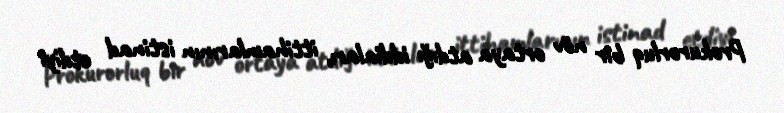
Prokurorluq bir növ ortaya atdığı iddiaları, ittihamlarının istinad etdiyi